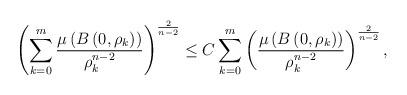
LaTeX: \begin{align*}\left( \sum ^{m}_{k=0}\dfrac {\mu \left( B\left( 0,\rho_{k}\right) \right) }{\rho^{n-2}_{k}}\right) ^{\frac {2}{n-2}}\le C\sum ^{m}_{k=0}\left( \dfrac {\mu \left( B\left( 0,\rho_{k}\right) \right) }{\rho^{n-2}_{k}}\right) ^{\frac {2}{n-2}},\end{align*}